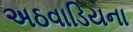
અઠવાડિયના